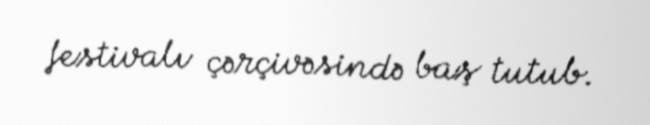
festivalı çərçivəsində baş tutub.